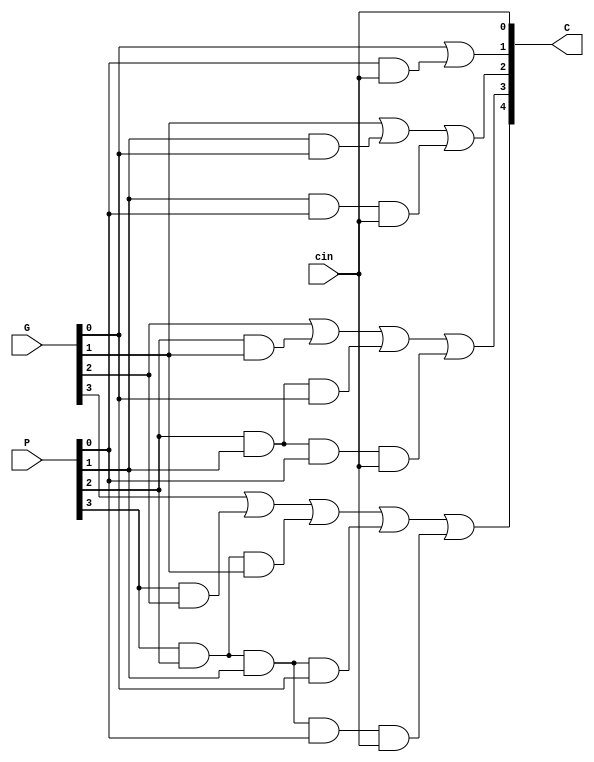
`timescale 1ns / 1ps
//////////////////////////////////////////////////////////////////////////////////
// Company: 
// Engineer: 
// 
// Design Name: 
// Module Name: block
// Project Name: 
// Target Devices: 
// Tool Versions: 
// Description: 
// 
// Dependencies: 
// 
// Revision:
// Revision 0.01 - File Created
// Additional Comments:
// 
//////////////////////////////////////////////////////////////////////////////////


module block(   input [3:0] P,G,
            input cin,
            output [4:0] C
            );
            
assign C[0] = cin;
assign C[1] = G[0] | (P[0] & cin);
assign C[2] = G[1] | (P[1] & G[0]) | (P[1] & P[0] & cin);
assign C[3] = G[2] | (P[2] & G[1]) | (P[2] & P[1] & G[0]) | (P[2] & P[1] & P[0] & cin);
assign C[4] = G[3] | (P[3] & G[2]) | (P[3] & P[2] & G[1]) | 
            (P[3] & P[2] & P[1] & G[0]) | (P[3] & P[2] & P[1] & P[0] & cin);

endmodule